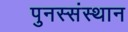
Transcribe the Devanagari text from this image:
पुनस्संस्थान